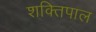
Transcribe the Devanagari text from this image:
शक्तिपाल